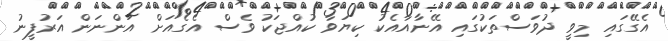
އެގޭގައި މިވީ ދުވަސްތަކުގައި އޭނާއާއެކު ކިޔަވާ ކުއްޖަކު ވެސް އެގެއަށް އަންނަން އަރުފީނު